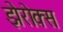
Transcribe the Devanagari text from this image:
झेरोक्स